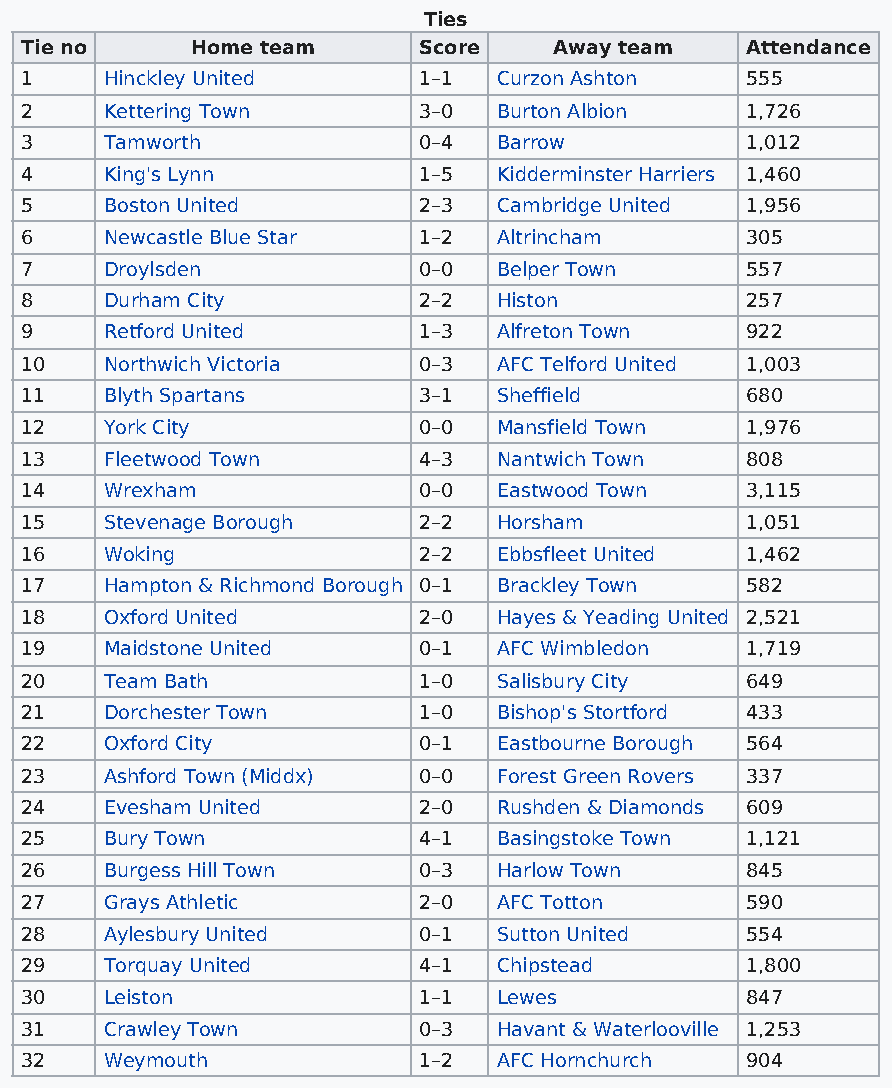
Ties
 Tie no      Home team      Score    Away team   Attendance
 1     Hinckley United      1–1  Curzon Ashton   555
 2     Kettering Town       3–0  Burton Albion   1,726
 3     Tamworth             0–4  Barrow          1,012
 4     King's Lynn          1–5  Kidderminster Harriers 1,460
 5     Boston United        2–3  Cambridge United 1,956
 6     Newcastle Blue Star  1–2  Altrincham      305
 7     Droylsden            0–0  Belper Town     557
 8     Durham City          2–2  Histon          257
 9     Retford United       1–3  Alfreton Town   922
 10    Northwich Victoria   0–3  AFC Telford United 1,003
 11    Blyth Spartans       3–1  Sheffield       680
 12    York City            0–0  Mansfield Town  1,976
 13    Fleetwood Town       4–3  Nantwich Town   808
 14    Wrexham              0–0  Eastwood Town   3,115
 15    Stevenage Borough    2–2  Horsham         1,051
 16    Woking               2–2  Ebbsfleet United 1,462
 17    Hampton & Richmond Borough 0–1 Brackley Town 582
 18    Oxford United        2–0  Hayes & Yeading United 2,521
 19    Maidstone United     0–1  AFC Wimbledon   1,719
 20    Team Bath            1–0  Salisbury City  649
 21    Dorchester Town      1–0  Bishop's Stortford 433
 22    Oxford City          0–1  Eastbourne Borough 564
 23    Ashford Town (Middx) 0–0  Forest Green Rovers 337
 24    Evesham United       2–0  Rushden & Diamonds 609
 25    Bury Town            4–1  Basingstoke Town 1,121
 26    Burgess Hill Town    0–3  Harlow Town     845
 27    Grays Athletic       2–0  AFC Totton      590
 28    Aylesbury United     0–1  Sutton United   554
 29    Torquay United       4–1  Chipstead       1,800
 30    Leiston              1–1  Lewes           847
 31    Crawley Town         0–3  Havant & Waterlooville 1,253
 32    Weymouth             1–2  AFC Hornchurch  904